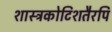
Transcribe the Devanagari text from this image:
शास्त्रकोटिशतैरपि